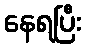
နေရပြီး